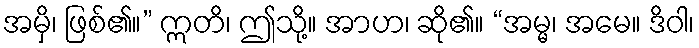
အမှိ၊ ဖြစ်၏။” ဣတိ၊ ဤသို့။ အာဟ၊ ဆို၏။ “အမ္မ၊ အမေ။ ဒိဝါ၊